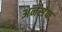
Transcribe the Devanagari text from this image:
अनसेफ